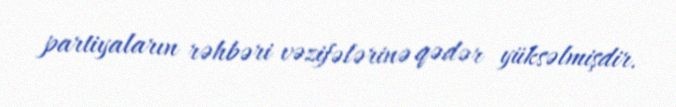
partiyaların rəhbəri vəzifələrinə qədər yüksəlmişdir.